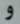
و